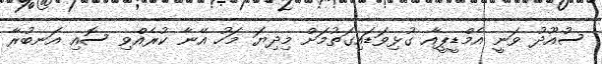
ސުއޫދު ވަނީ އެމްޑީޕީއާ ގުޅިވަޑައިގަތުމަށް މިދިޔަ މަހު އޭނާ ކުރެއްވި ސޮއި އަނބުރާ